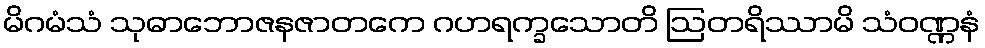
မိဂမံသံ သုဓာဘောဇနဇာတကေ ဂဟရက္ခသောတိ ဩတရိဿာမိ သံဝဏ္ဏနံ